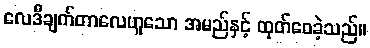
လေဒီချက်တာလေဟူသော အမည်နှင့် ထုတ်ဝေခဲ့သည်။